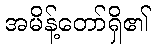
အမိန့်တော်ရှိ၏